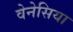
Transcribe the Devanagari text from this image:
वेनेसिया